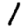
Digit: 1